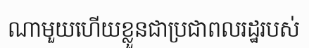
ណាមួយហើយខ្លួនជាប្រជាពលរដ្ឋរបស់